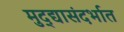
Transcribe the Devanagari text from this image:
मुद्द्यासंदर्भात